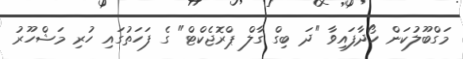
މަގްބޫލުކަން ހޯދާފައިވާ "ދަ ބިގް ގާލް ޕްރޮޖެކްޓް" ގެ ފަހަތުގައި ހުރި މަޝްހޫރު